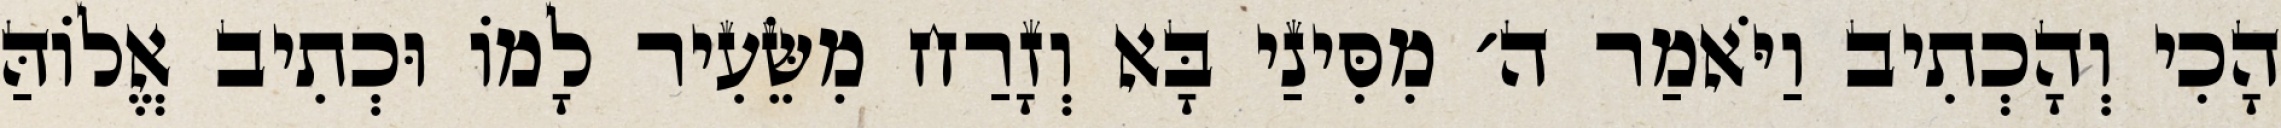
הָכִי וְהָכְתִיב וַיֹּאמַר ה׳ מִסִּינַי בָּא וְזָרַח מִשֵּׂעִיר לָמוֹ וּכְתִיב אֱלוֹהַּ